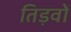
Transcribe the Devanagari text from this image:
तिड़वों